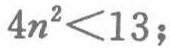
\(4n^{2}<13;\)